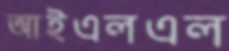
আইএলএল